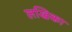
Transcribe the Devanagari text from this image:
लखिका